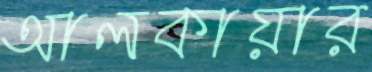
আলকায়ার